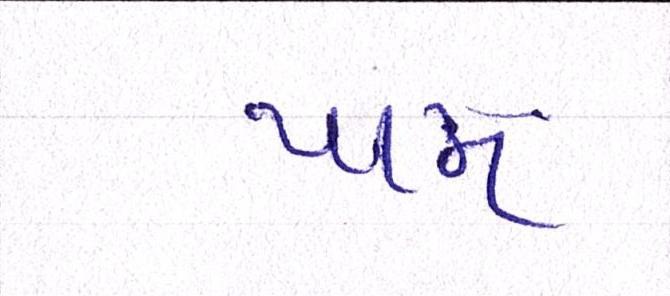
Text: પામ